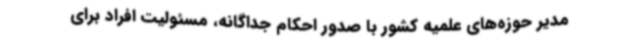
مدیر حوزه‌های علمیه کشور با صدور احکام جداگانه، مسئولیت‌ افراد برای